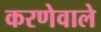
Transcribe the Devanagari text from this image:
करणेवाले